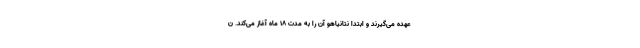
عهده می‌گیرند و ابتدا نتانیاهو آن را به مدت ۱۸ ماه آغاز می‌کند. ن